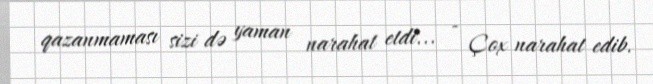
qazanmaması sizi də yaman narahat etdi... - Çox narahat edib.